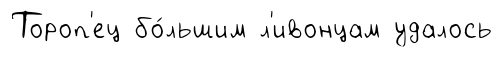
Тороп'ец бо́льшим л'ивонцам удалось